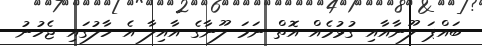
ބައްޕަ ލޫނާއާއި ގުޅުމެއް އޮތް ނަމަ ލޫނާގެ އާއިލާ އެ ހާލުގައި ޖެހުނު